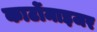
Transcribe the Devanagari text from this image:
कार्टोमाइजर